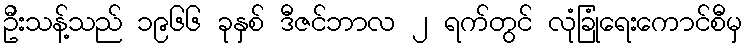
ဦးသန့်သည် ၁၉၆၆ ခုနှစ် ဒီဇင်ဘာလ ၂ ရက်တွင် လုံခြုံရေးကောင်စီမှ